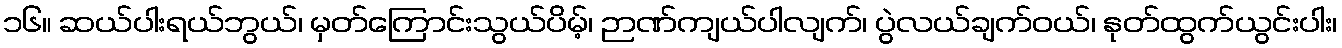
၁၆။ ဆယ်ပါးရယ်ဘွယ်၊ မှတ်ကြောင်းသွယ်ပိမ့်၊ ဉာဏ်ကျယ်ပါလျက်၊ ပွဲလယ်ချက်ဝယ်၊ နုတ်ထွက်ယွင်းပါး၊